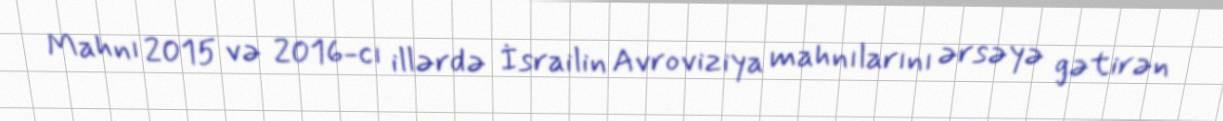
Mahnı 2015 və 2016-cı illərdə İsrailin Avroviziya mahnılarını ərsəyə gətirən